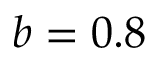
b = 0 . 8